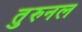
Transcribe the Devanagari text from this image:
तुरुनल